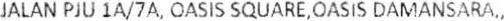
JALAN PJU 1A/7A, OASIS SQUARE,OASIS DAMANSARA.,